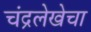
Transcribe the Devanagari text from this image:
चंद्रलेखेचा